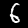
Label: 6